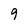
Character: 9